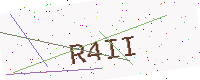
Text: R4II